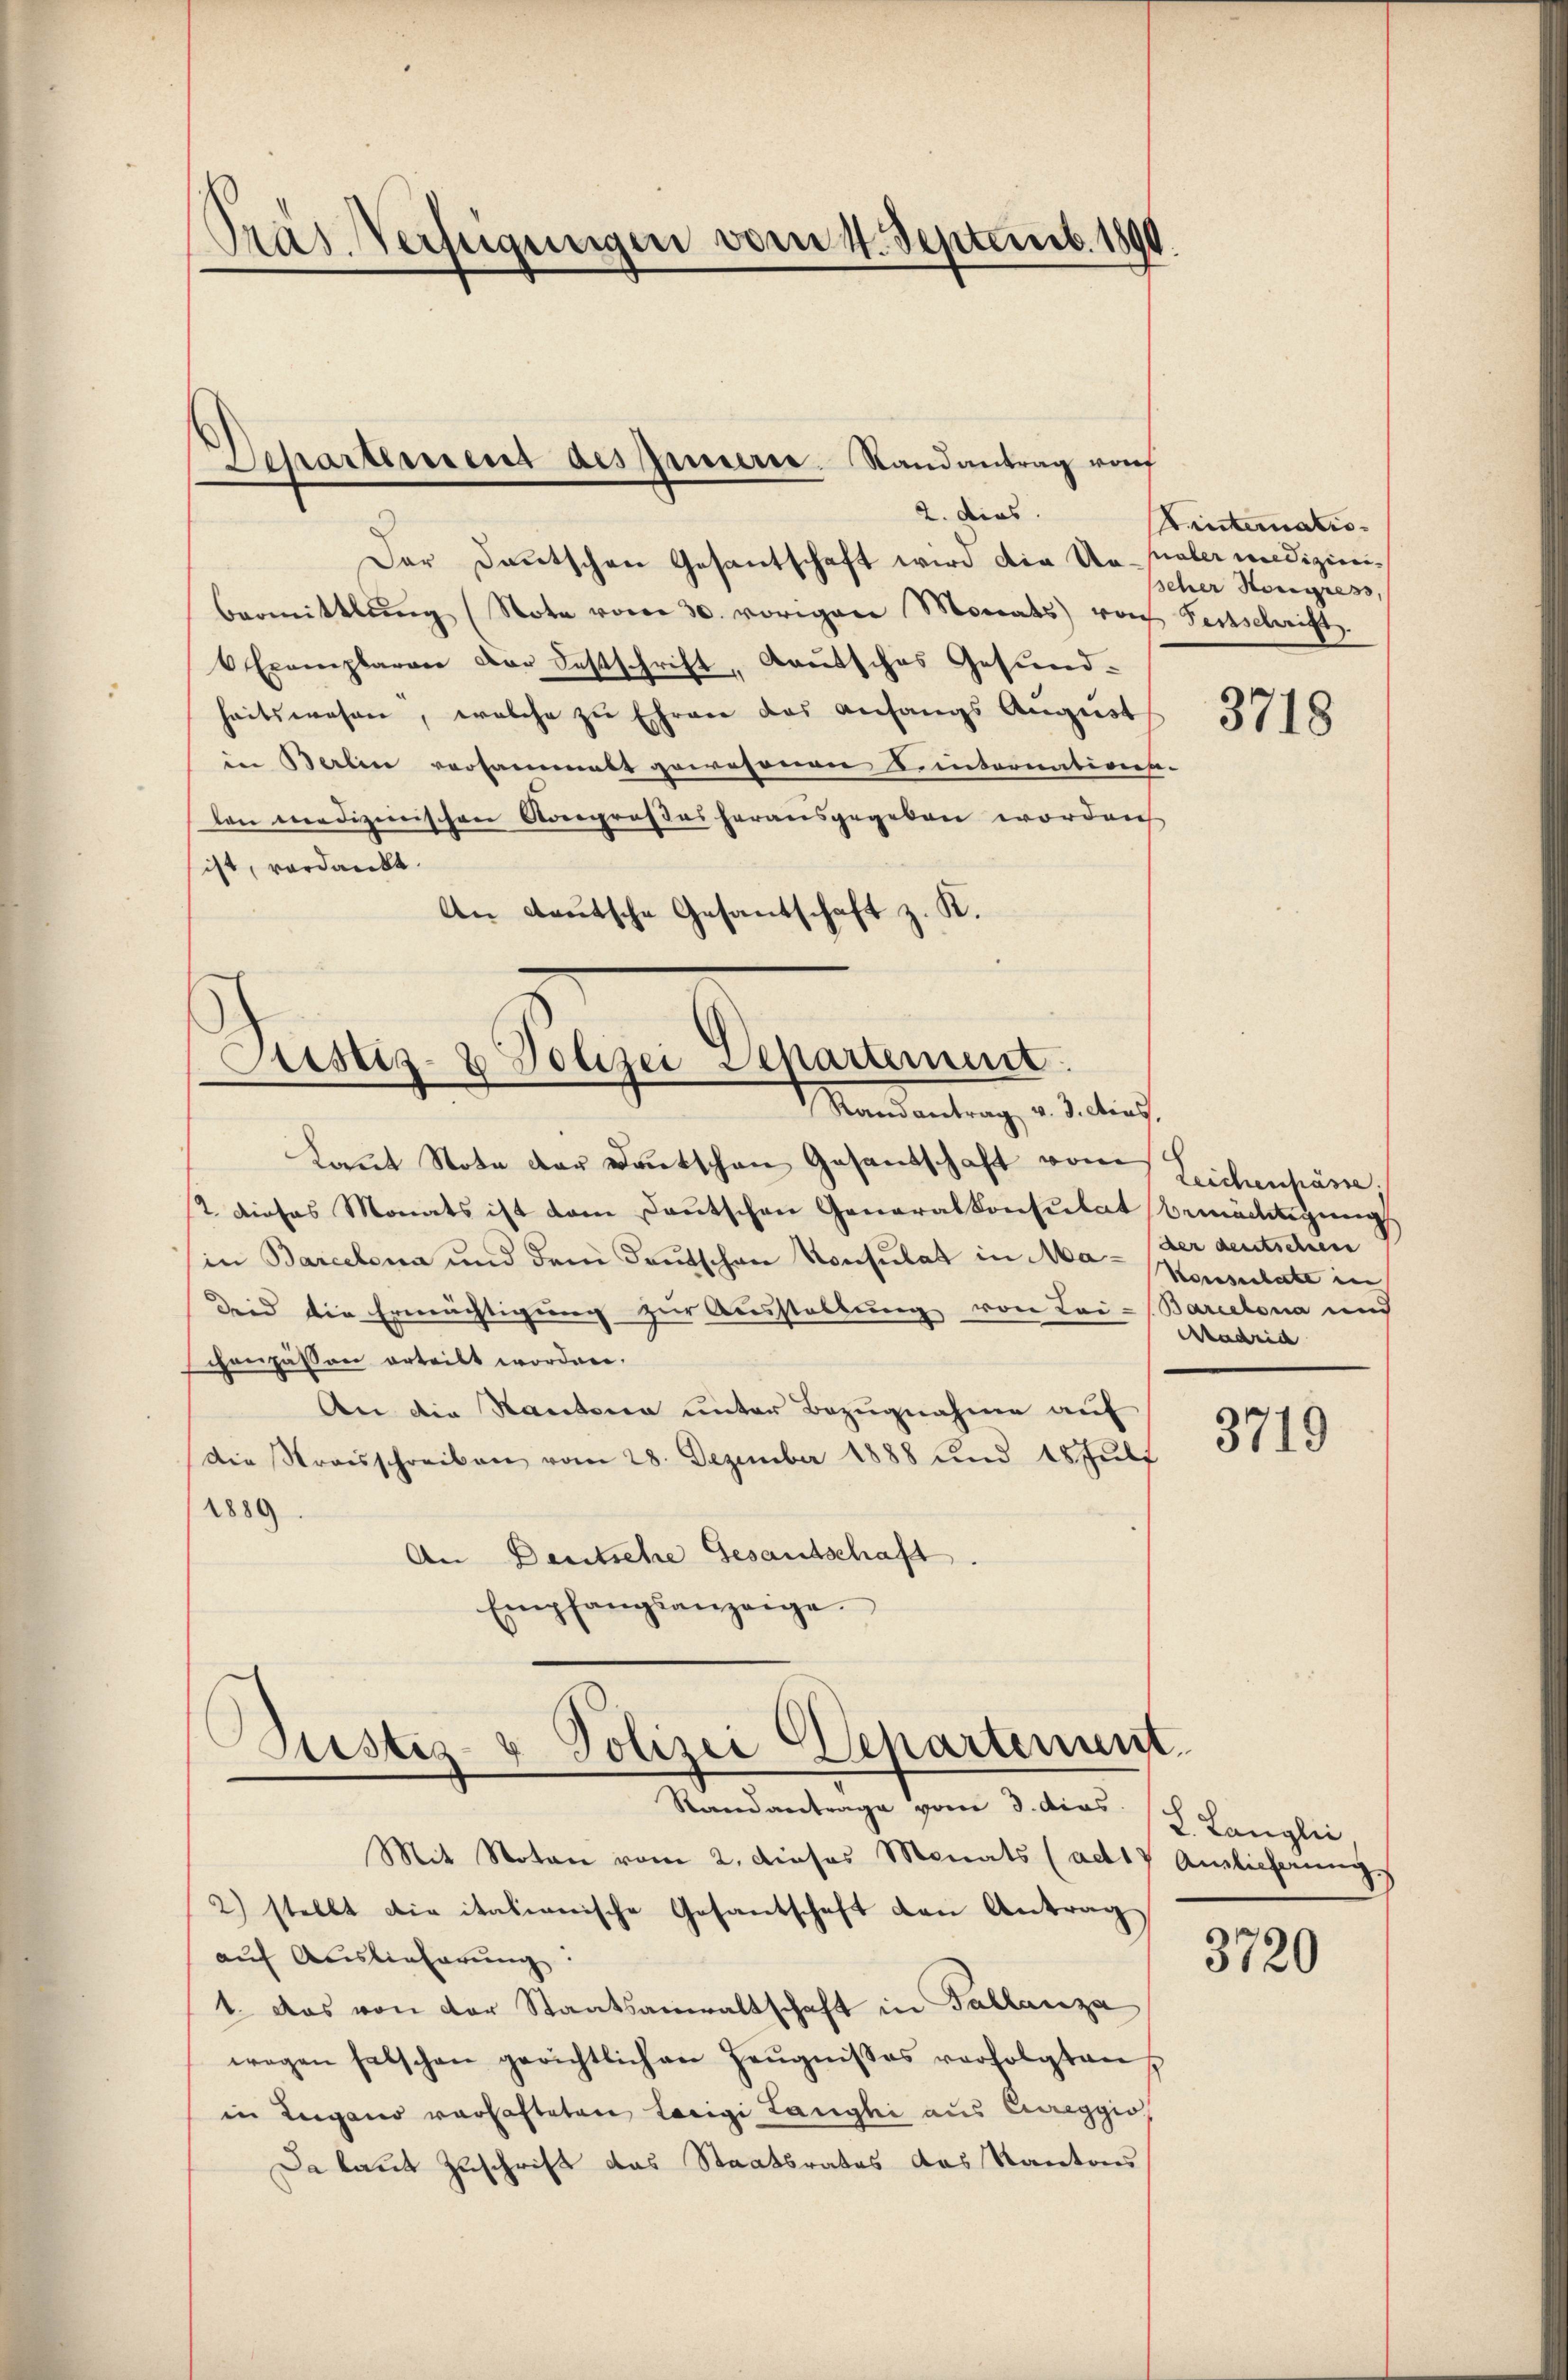
Pras Verfügungen vom 4. Septemb. 1890.

2. dies
Der Deutschen Gesantschaft wird die Ue-praler medizinibermittlung (Note vom 30. vorigen Monats von Festschrift
6 Exemplarare der Festschrift, Gautsches Gesund-
heitswesen, welche zu Ehren des Anfangs August
in Berlin versammelt gewesenen Leinternations-
len medizinischen Kongroßes herausgegeben worden
ist, verdankt.
An deutsche Gesantschaft z. K.

Departement des Innere Randantrag vo

Justiz- & Polizei Departement
Mandantung, v. J. dies

Laŭt Note der Deutschen Gesandschaft von Leichenpäne,
2 dieses Monats ist dem Deutschen Generalkonsulat bemächtigung
in Barcelena und dem Teutschen Konsulat in Ma- der deutschien
Deid die Ermächtigung zur Ausstellung von Lei-Barcelona und
chenpassen erteilt worden.
An die Kantona unter Bezugnahme auf
Die Strasschreiben vom 28. Dezember 1888 und 18 Juli
1889
An Deutsche Gesandschaft.
Empfangsanzeige.

Justiz- & Polizei Departement
Standantrage vom 3. dies 8 Langlie,

Mit Noten vom 2. dieses Monats (ad 17 Auslieferung.
2) stellt die italienische Gesantschaft den Antrag
auf Auslieferung:
1. Das von der Staatsanwaltschaft in Tallanza
wegen falschen gerichtlich an Zeŭgnisses verfolgten
in Lugano verhafteten Lacigi Langhi aus Cureggio
Da laut Zuschrift das Staatsrates das Kantons

Dinternatioscher Kongress,

3718

Konsenbarte in
Madrid

3719

3720